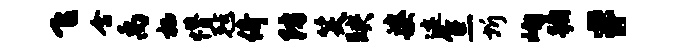
飞含禹栖懵毡倚防笑映婆迹焦圻峋蹰#